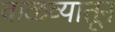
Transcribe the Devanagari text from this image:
वाळव्यातून